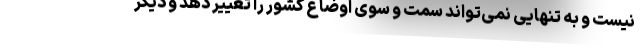
نیست و به تنهایی نمی‌تواند سمت و سوی اوضاع کشور را تغییر دهد و دیگر